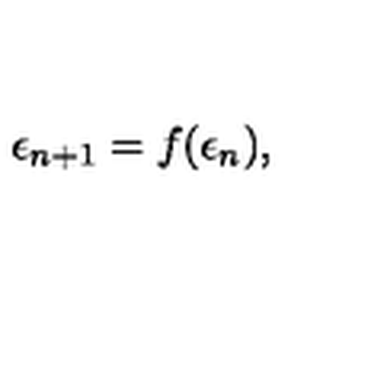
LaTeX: \epsilon _ { n + 1 } = f ( \epsilon _ { n } ) ,